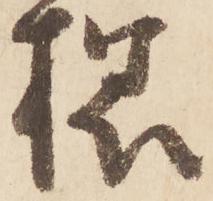
様